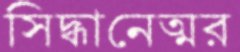
সিদ্ধানেত্মর